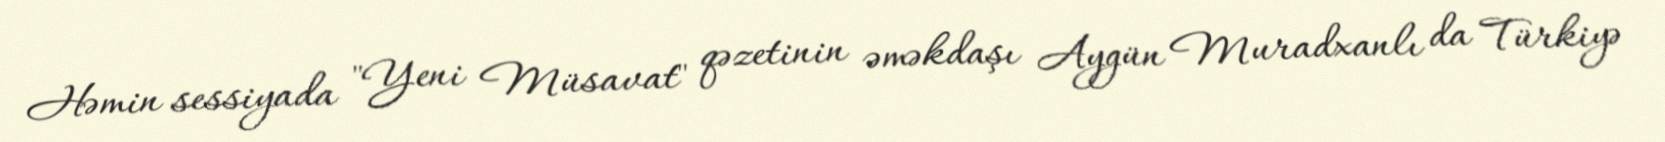
Həmin sessiyada "Yeni Müsavat" qəzetinin əməkdaşı Aygün Muradxanlı da Türkiyə